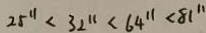
2 5 ^ { 1 1 } < 3 2 ^ { 1 1 } < 6 4 ^ { 1 1 } < 8 1 ^ { 1 1 }